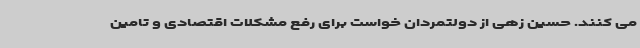
می کنند. حسین زهی از دولتمردان خواست برای رفع مشکلات اقتصادی و تامین